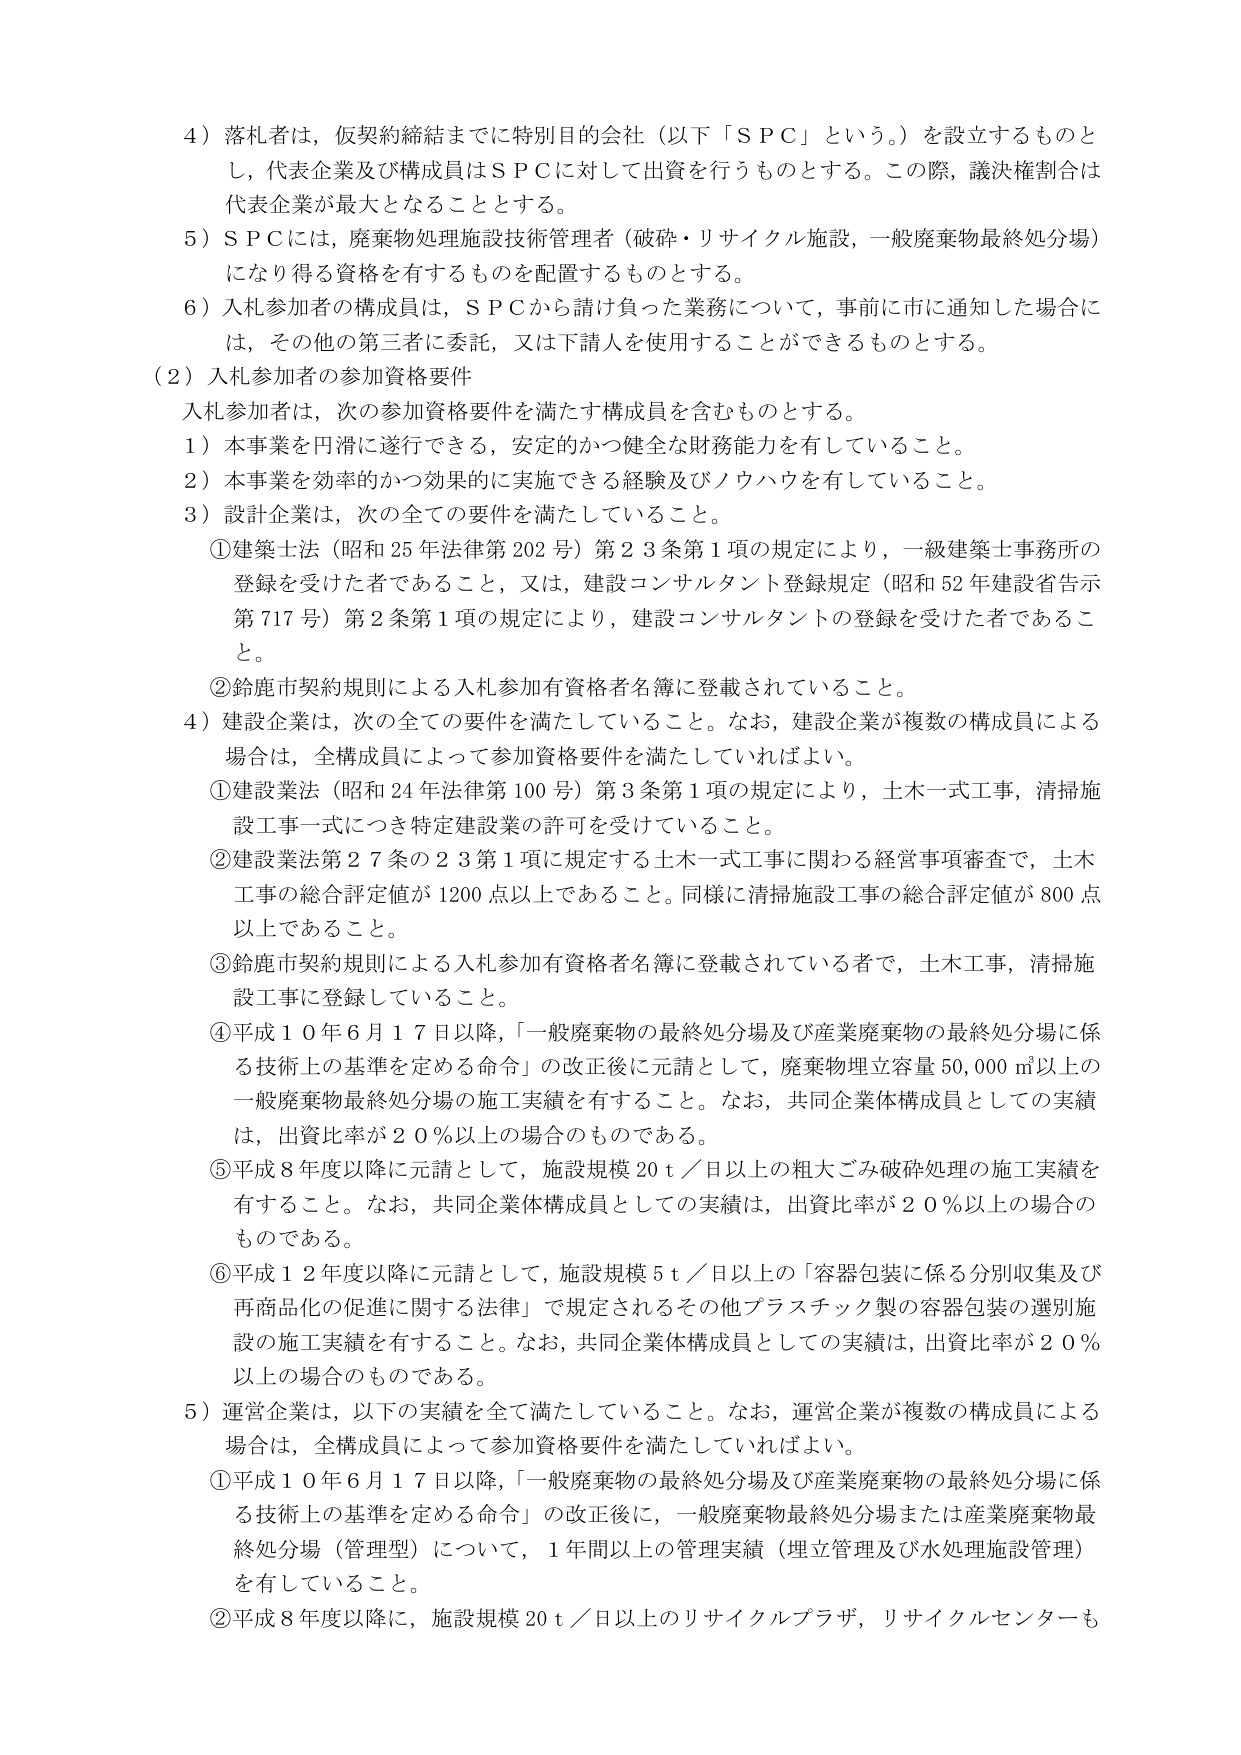
4）落札者は、仮契約締結までに特別目的会社（以下「ＳＰＣ」という。）を設立するものとし、代表企業及び構成員はＳＰＣに対して出資を行うものとする。この際、議決権割合は代表企業が最大となることとする。

5）ＳＰＣには、廃棄物処理施設技術管理者（破砕・リサイクル施設、一般廃棄物最終処分場）になり得る資格を有するものを配置するものとする。

6）入札参加者の構成員は、ＳＰＣから請け負った業務について、事前に市に通知した場合には、その他の第三者に委託、又は下請人を使用することができるものとする。

（2）入札参加者の参加資格要件

入札参加者は、次の参加資格要件を満たす構成員を含むものとする。

1）本事業を円滑に遂行できる、安定的かつ健全な財務能力を有していること。

2）本事業を効率的かつ効果的に実施できる経験及びノウハウを有していること。

3）設計企業は、次の全ての要件を満たしていること。

①建築士法（昭和25年法律第202号）第23条第1項の規定により、一級建築士事務所の登録を受けた者であること、又は、建設コンサルタント登録規定（昭和52年建設省告示第717号）第2条第1項の規定により、建設コンサルタントの登録を受けた者であること。

②鈴鹿市契約規則による入札参加有資格者名簿に登載されていること。

4）建設企業は、次の全ての要件を満たしていること。なお、建設企業が複数の構成員による場合は、全構成員によって参加資格要件を満たしていればよい。

①建設業法（昭和24年法律第100号）第3条第1項の規定により、土木一式工事、清掃施設工事一式につき特定建設業の許可を受けていること。

②建設業法第27条の23第1項に規定する土木一式工事に関わる経営事項審査で、土木工事の総合評定値が1200点以上であること。同様に清掃施設工事の総合評定値が800点以上であること。

③鈴鹿市契約規則による入札参加有資格者名簿に登載されている者で、土木工事、清掃施設工事に登録していること。

④平成10年6月17日以降、「一般廃棄物の最終処分場及び産業廃棄物の最終処分場に係る技術上の基準を定める命令」の改正後に元請として、廃棄物埋立容量50,000㎥以上の一般廃棄物最終処分場の施工実績を有すること。なお、共同企業体構成員としての実績は、出資比率が20％以上の場合のものである。

⑤平成8年度以降に元請として、施設規模20ｔ／日以上の粗大ごみ破砕処理の施工実績を有すること。なお、共同企業体構成員としての実績は、出資比率が20％以上の場合のものである。

⑥平成12年度以降に元請として、施設規模5ｔ／日以上の「容器包装に係る分別収集及び再商品化の促進に関する法律」で規定されるその他プラスチック製の容器包装の選別施設の施工実績を有すること。なお、共同企業体構成員としての実績は、出資比率が20％以上の場合のものである。

5）運営企業は、以下の実績を全て満たしていること。なお、運営企業が複数の構成員による場合は、全構成員によって参加資格要件を満たしていればよい。

①平成10年6月17日以降、「一般廃棄物の最終処分場及び産業廃棄物の最終処分場に係る技術上の基準を定める命令」の改正後に、一般廃棄物最終処分場または産業廃棄物最終処分場（管理型）について、1年間以上の管理実績（埋立管理及び水処理施設管理）を有していること。

②平成8年度以降に、施設規模20ｔ／日以上のリサイクルプラザ、リサイクルセンターも